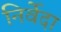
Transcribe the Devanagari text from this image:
निर्वेदा